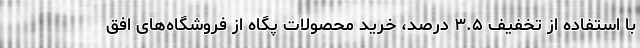
با استفاده از تخفیف ۳.۵ درصد، خرید محصولات پگاه از فروشگاه‌های افق